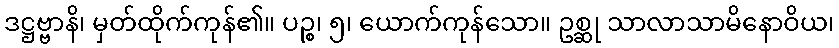
ဒဋ္ဌဗ္ဗာနိ၊ မှတ်ထိုက်ကုန်၏။ ပဉ္စ၊ ၅၊ ယောက်ကုန်သော။ ဥစ္ဆု သာလာသာမိနောဝိယ၊